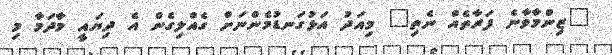
"ޒިންމާވާނެ ފަރާތެއް ނެތި" މިއަދު އަޅުގަނޑުމެންނަށް ގެއްލިގެން އެ ދިޔައީ މާދަމާ މި